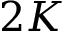
2 K